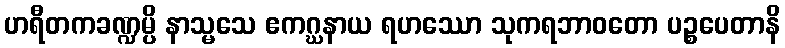
ဟရီတကခဏ္ဍမ္ပိ နာသ္မသေ ဧကဂ္ဃနာယ ရဟဿော သုကရဘာဝတော ပဉ္စပေတာနိ